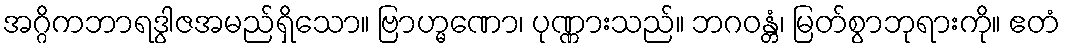
အဂ္ဂိကဘာရဒွါဇအမည်ရှိသော။ ဗြာဟ္မဏော၊ ပုဏ္ဏားသည်။ ဘဂဝန္တံ၊ မြတ်စွာဘုရားကို။ ဧတံ